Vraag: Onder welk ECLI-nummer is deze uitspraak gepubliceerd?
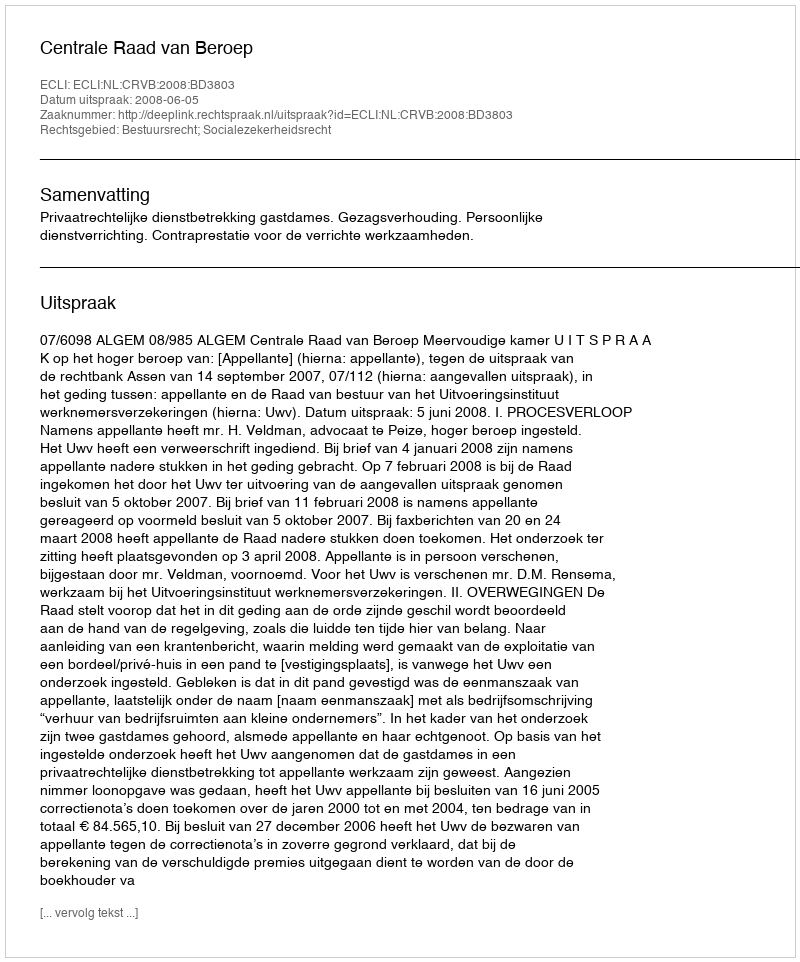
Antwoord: ECLI:NL:CRVB:2008:BD3803